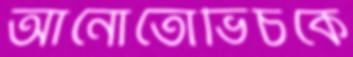
আর্নোতোভিচকে